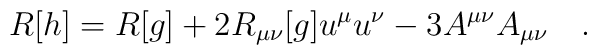
R[h]=R[g]+2R_{\mu\nu}[g]u^\mu u^\nu-3 A^{\mu\nu}A_{\mu\nu}~~~.